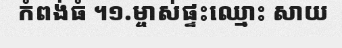
កំពង់ធំ ។១.ម្ចាស់ផ្ទះឈ្មោះ សាយ